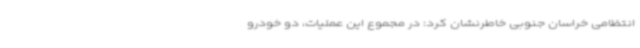
انتظامی خراسان جنوبی خاطرنشان کرد: در مجموع این عملیات، دو خودرو